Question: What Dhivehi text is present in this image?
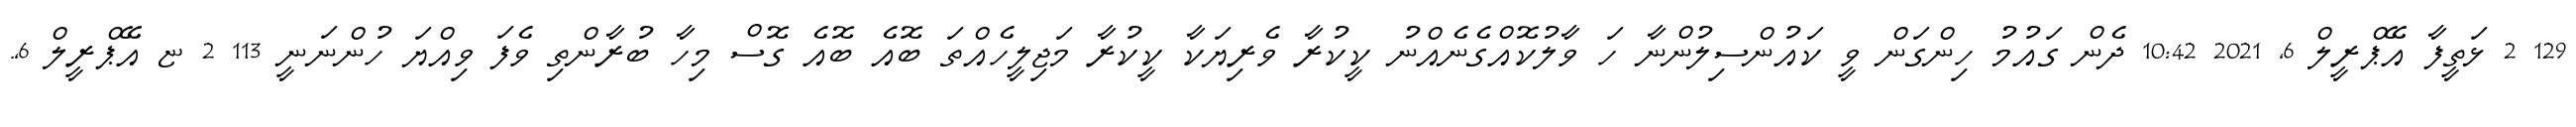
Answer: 129 2 ޅަތީފާ އޭޕްރީލް 6, 2021 10:42 ދެން ގައުމު ހިންގަން ވީ ކައުންސިލުންނާ ހަ ވާލުކޮއްގެނެއްނު ކީކުރާ ވެރިޔަކާ ކީކުރާ މަޖިލީހެއްތަ ބޮއެ ބޮއެ ގޮސް މިހާ ބުރާންތި ވެފަ ވިއްޔަ ހުންނަނީ 113 2 ޏ އޭޕްރީލް 6,.